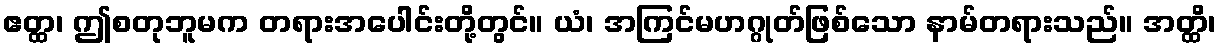
ဧတ္ထ၊ ဤစတုဘူမက တရားအပေါင်းတို့တွင်။ ယံ၊ အကြင်မဟဂ္ဂုတ်ဖြစ်သော နာမ်တရားသည်။ အတ္ထိ၊